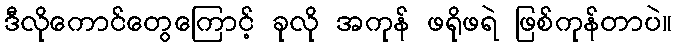
ဒီလိုကောင်တွေကြောင့် ခုလို အကုန် ဖရိုဖရဲ ဖြစ်ကုန်တာပဲ။